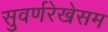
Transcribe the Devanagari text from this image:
सुवर्णरेखेसम